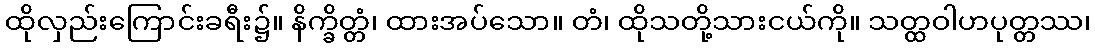
ထိုလှည်းကြောင်းခရီး၌။ နိက္ခိတ္တံ၊ ထားအပ်သော။ တံ၊ ထိုသတို့သားငယ်ကို။ သတ္ထဝါဟပုတ္တဿ၊